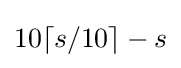
10\lceil s/10\rceil -s